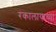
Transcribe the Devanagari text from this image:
रंकालायाच्या